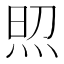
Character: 𤈌